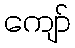
ကျော်